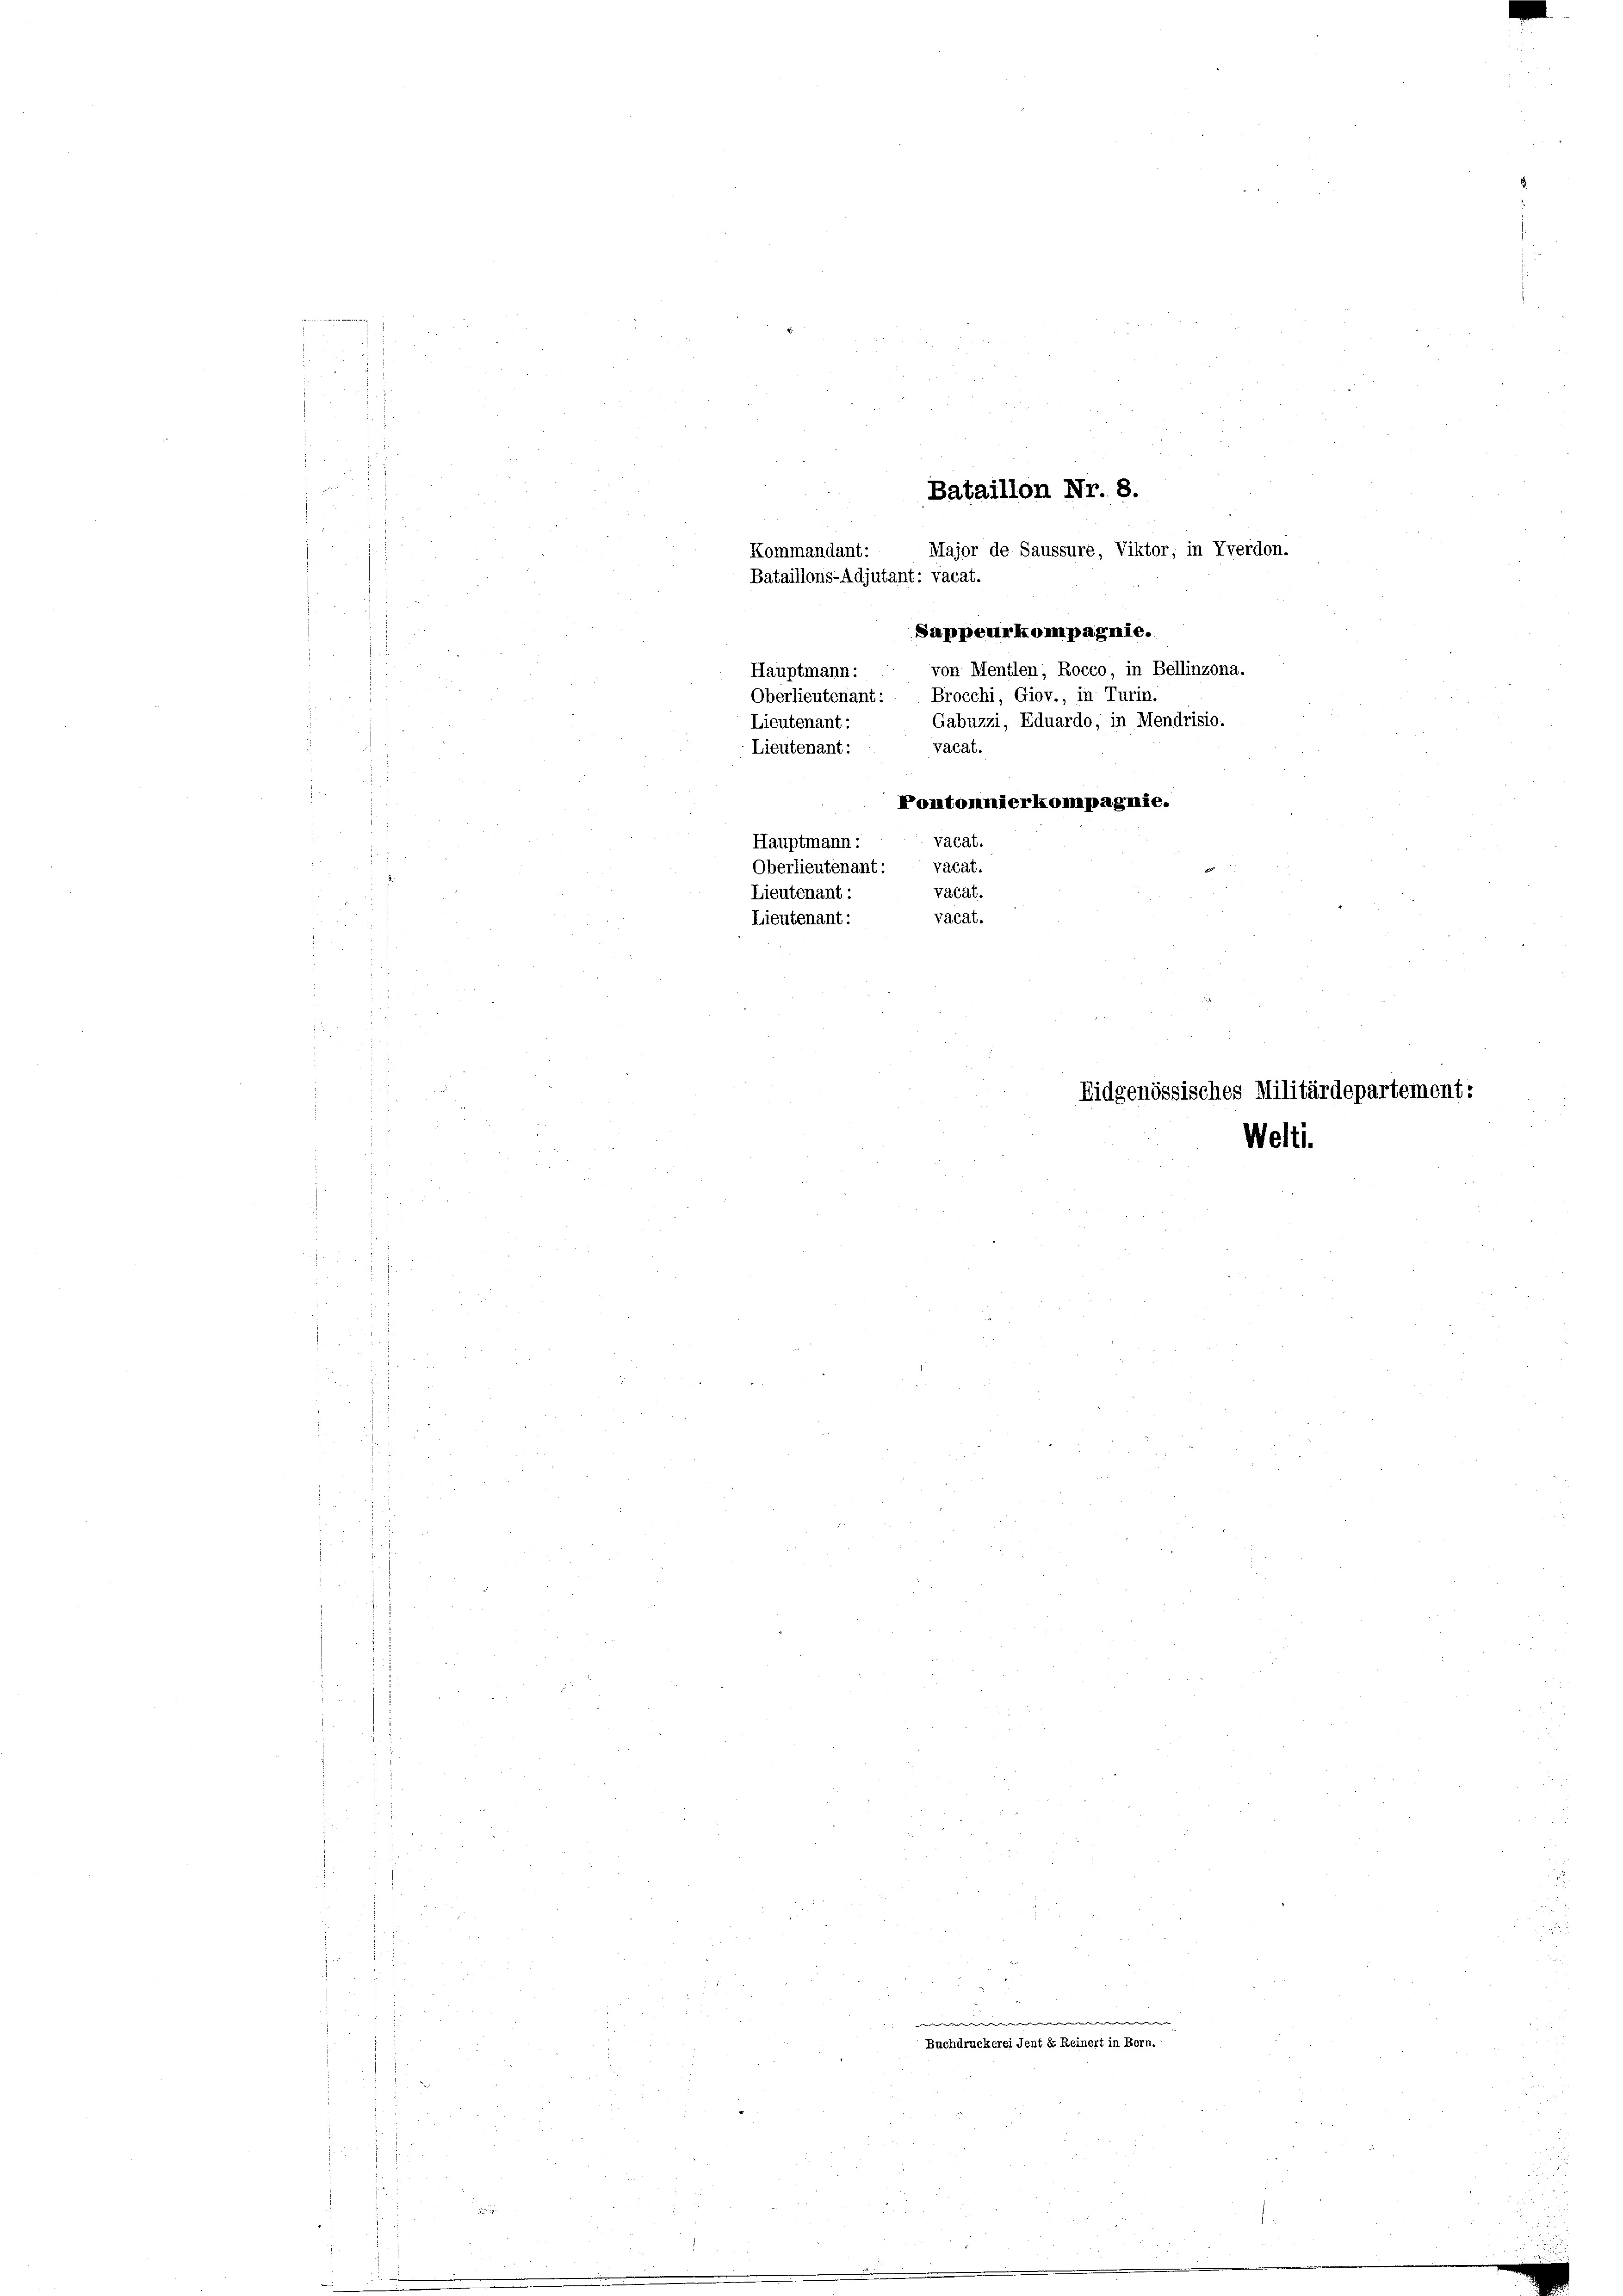
3
e

4.
Kommandant:
Bataillons-Adjutant: vacat.

Sappeurkompagnie.
von Mentlen; Rocco, in Bellinzona.
Hauptmann:
Oberlieutenant: Brocchi, Giov., in Turin
Gabuzzi, Eduardo, in Mendrisio.
Lieutenant
vacat.
Lieutenant:
Pontonnierkompagnie.
vacat.
Hauptmann:
vacat.
Oberlieutenant:
vacat.
Lieutenant:
vacat.
Lieutenant:

Bataillon Nr. 8.
Major de Saussure Viktor, in Yverdon.

e
Buchdruckerei Jent dr Reinert in Bern

Eidgenössisches Militärdepartement:
Welti.